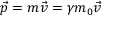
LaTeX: { \vec { p } } = m { \vec { v } } = \gamma m _ { 0 } { \vec { v } }